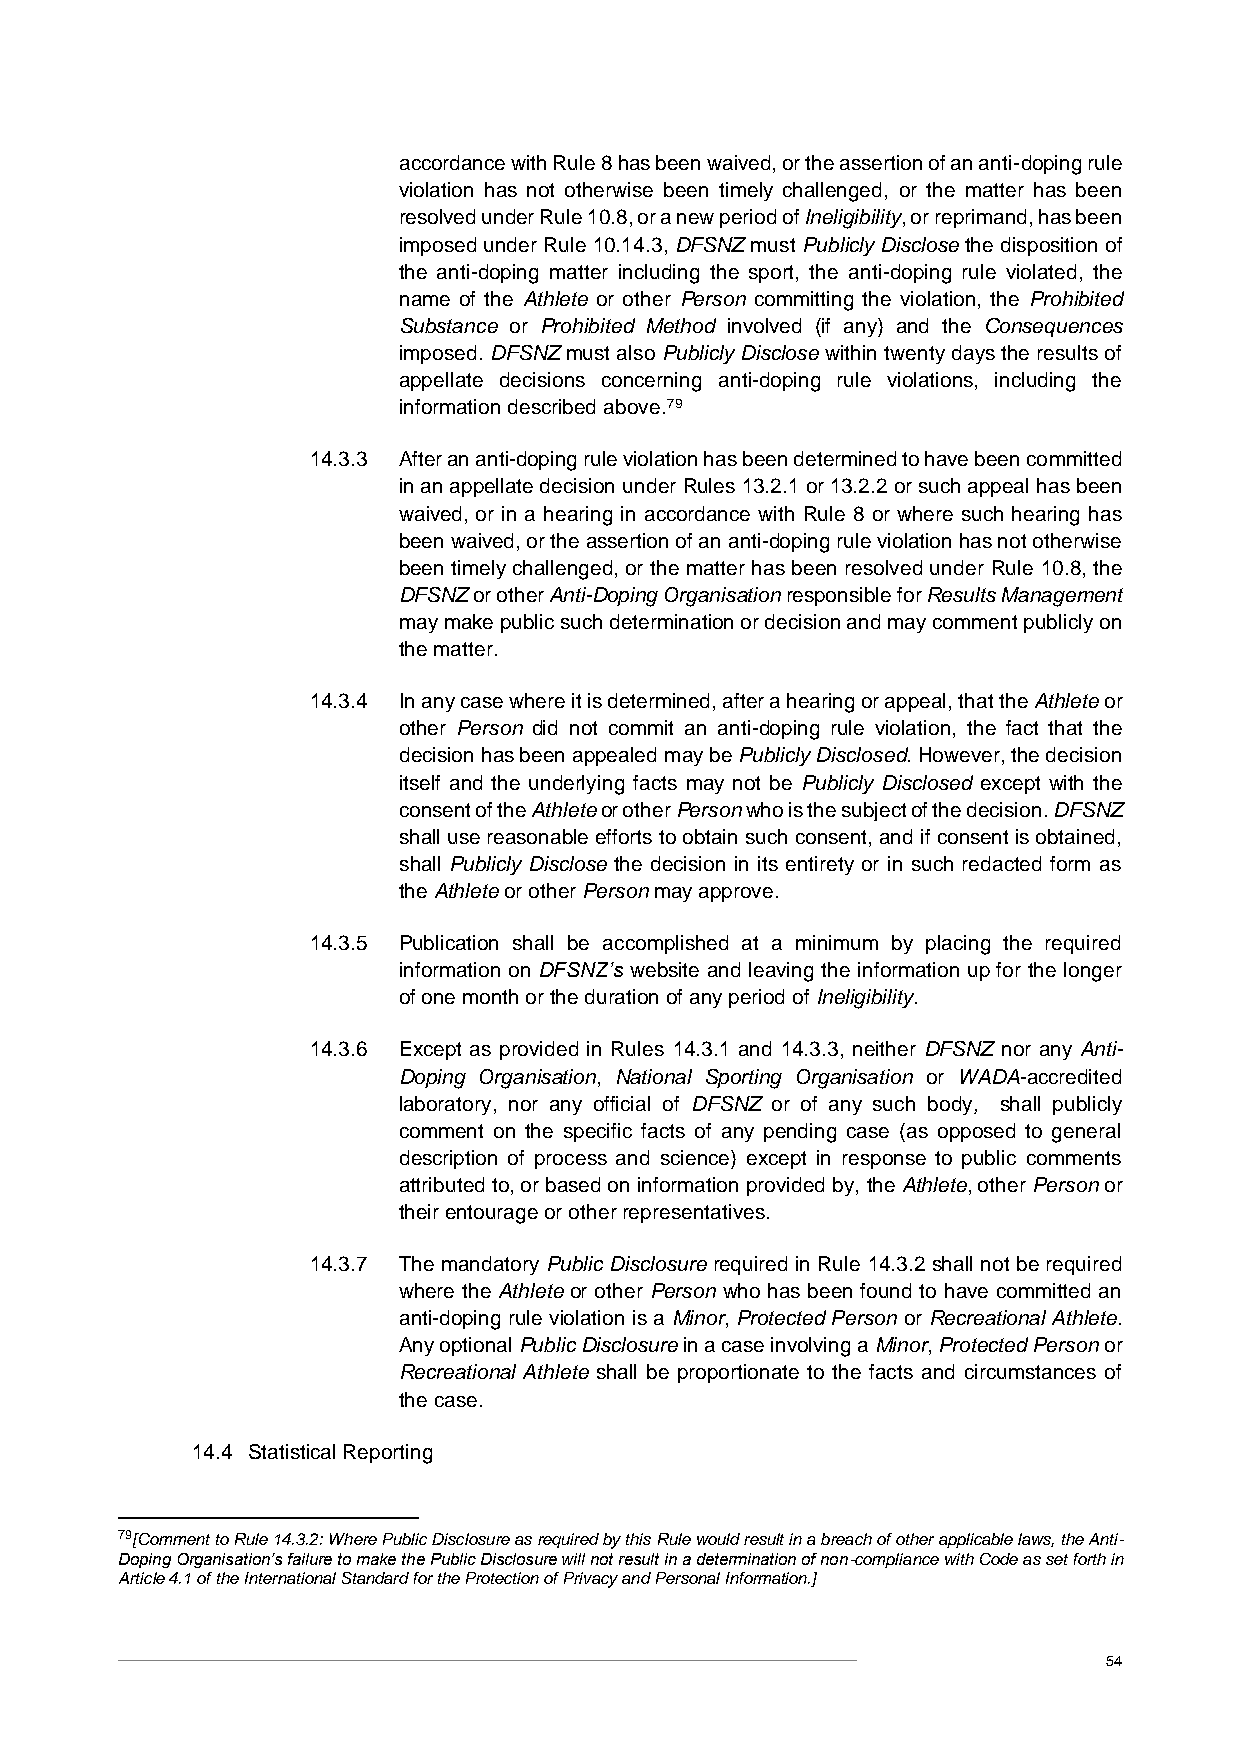
accordance with Rule 8 has been waived, or the assertion of an anti-doping rule
 violation has not otherwise been timely challenged, or the matter has been
 resolved under Rule 10.8, or a new period of Ineligibility, or reprimand, has been
 imposed under Rule 10.14.3, DFSNZ must Publicly Disclose the disposition of
 the anti-doping matter including the sport, the anti-doping rule violated, the
 name of the Athlete or other Person committing the violation, the Prohibited
 Substance or Prohibited Method involved (if any) and the Consequences
 imposed. DFSNZ must also Publicly Disclose within twenty days the results of
 appellate decisions concerning anti-doping rule violations, including the
 information described above.79
 14.3.3 After an anti-doping rule violation has been determined to have been committed
 in an appellate decision under Rules 13.2.1 or 13.2.2 or such appeal has been
 waived, or in a hearing in accordance with Rule 8 or where such hearing has
 been waived, or the assertion of an anti-doping rule violation has not otherwise
 been timely challenged, or the matter has been resolved under Rule 10.8, the
 DFSNZ or other Anti-Doping Organisation responsible for Results Management
 may make public such determination or decision and may comment publicly on
 the matter.
 14.3.4 In any case where it is determined, after a hearing or appeal, that the Athlete or
 other Person did not commit an anti-doping rule violation, the fact that the
 decision has been appealed may be Publicly Disclosed. However, the decision
 itself and the underlying facts may not be Publicly Disclosed except with the
 consent of the Athlete or other Person who is the subject of the decision. DFSNZ
 shall use reasonable efforts to obtain such consent, and if consent is obtained,
 shall Publicly Disclose the decision in its entirety or in such redacted form as
 the Athlete or other Person may approve.
 14.3.5 Publication shall be accomplished at a minimum by placing the required
 information on DFSNZ’s website and leaving the information up for the longer
 of one month or the duration of any period of Ineligibility.
 14.3.6 Except as provided in Rules 14.3.1 and 14.3.3, neither DFSNZ nor any Anti-
 Doping Organisation, National Sporting Organisation or WADA-accredited
 laboratory, nor any official of DFSNZ or of any such body, shall publicly
 comment on the specific facts of any pending case (as opposed to general
 description of process and science) except in response to public comments
 attributed to, or based on information provided by, the Athlete, other Person or
 their entourage or other representatives.
 14.3.7 The mandatory Public Disclosure required in Rule 14.3.2 shall not be required
 where the Athlete or other Person who has been found to have committed an
 anti-doping rule violation is a Minor, Protected Person or Recreational Athlete.
 Any optional Public Disclosure in a case involving a Minor, Protected Person or
 Recreational Athlete shall be proportionate to the facts and circumstances of
 the case.
 14.4 Statistical Reporting
 79[Comment to Rule 14.3.2: Where Public Disclosure as required by this Rule would result in a breach of other applicable laws, the Anti-
 Doping Organisation’s failure to make the Public Disclosure will not result in a determination of non-compliance with Code as set forth in
 Article 4.1 of the International Standard for the Protection of Privacy and Personal Information.]
 54